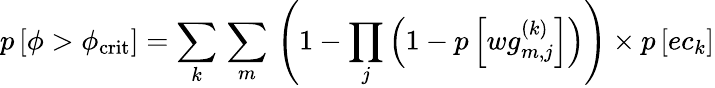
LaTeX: p\left[\phi>\phi_{\textrm{crit}}\right]=\sum_{k}{}\sum_{m}{}\left(1-\prod_{j}\left(1-p\left[wg_{m,j}^{(k)}\right]\right)\right)\times p\left[ec_{k}\right]